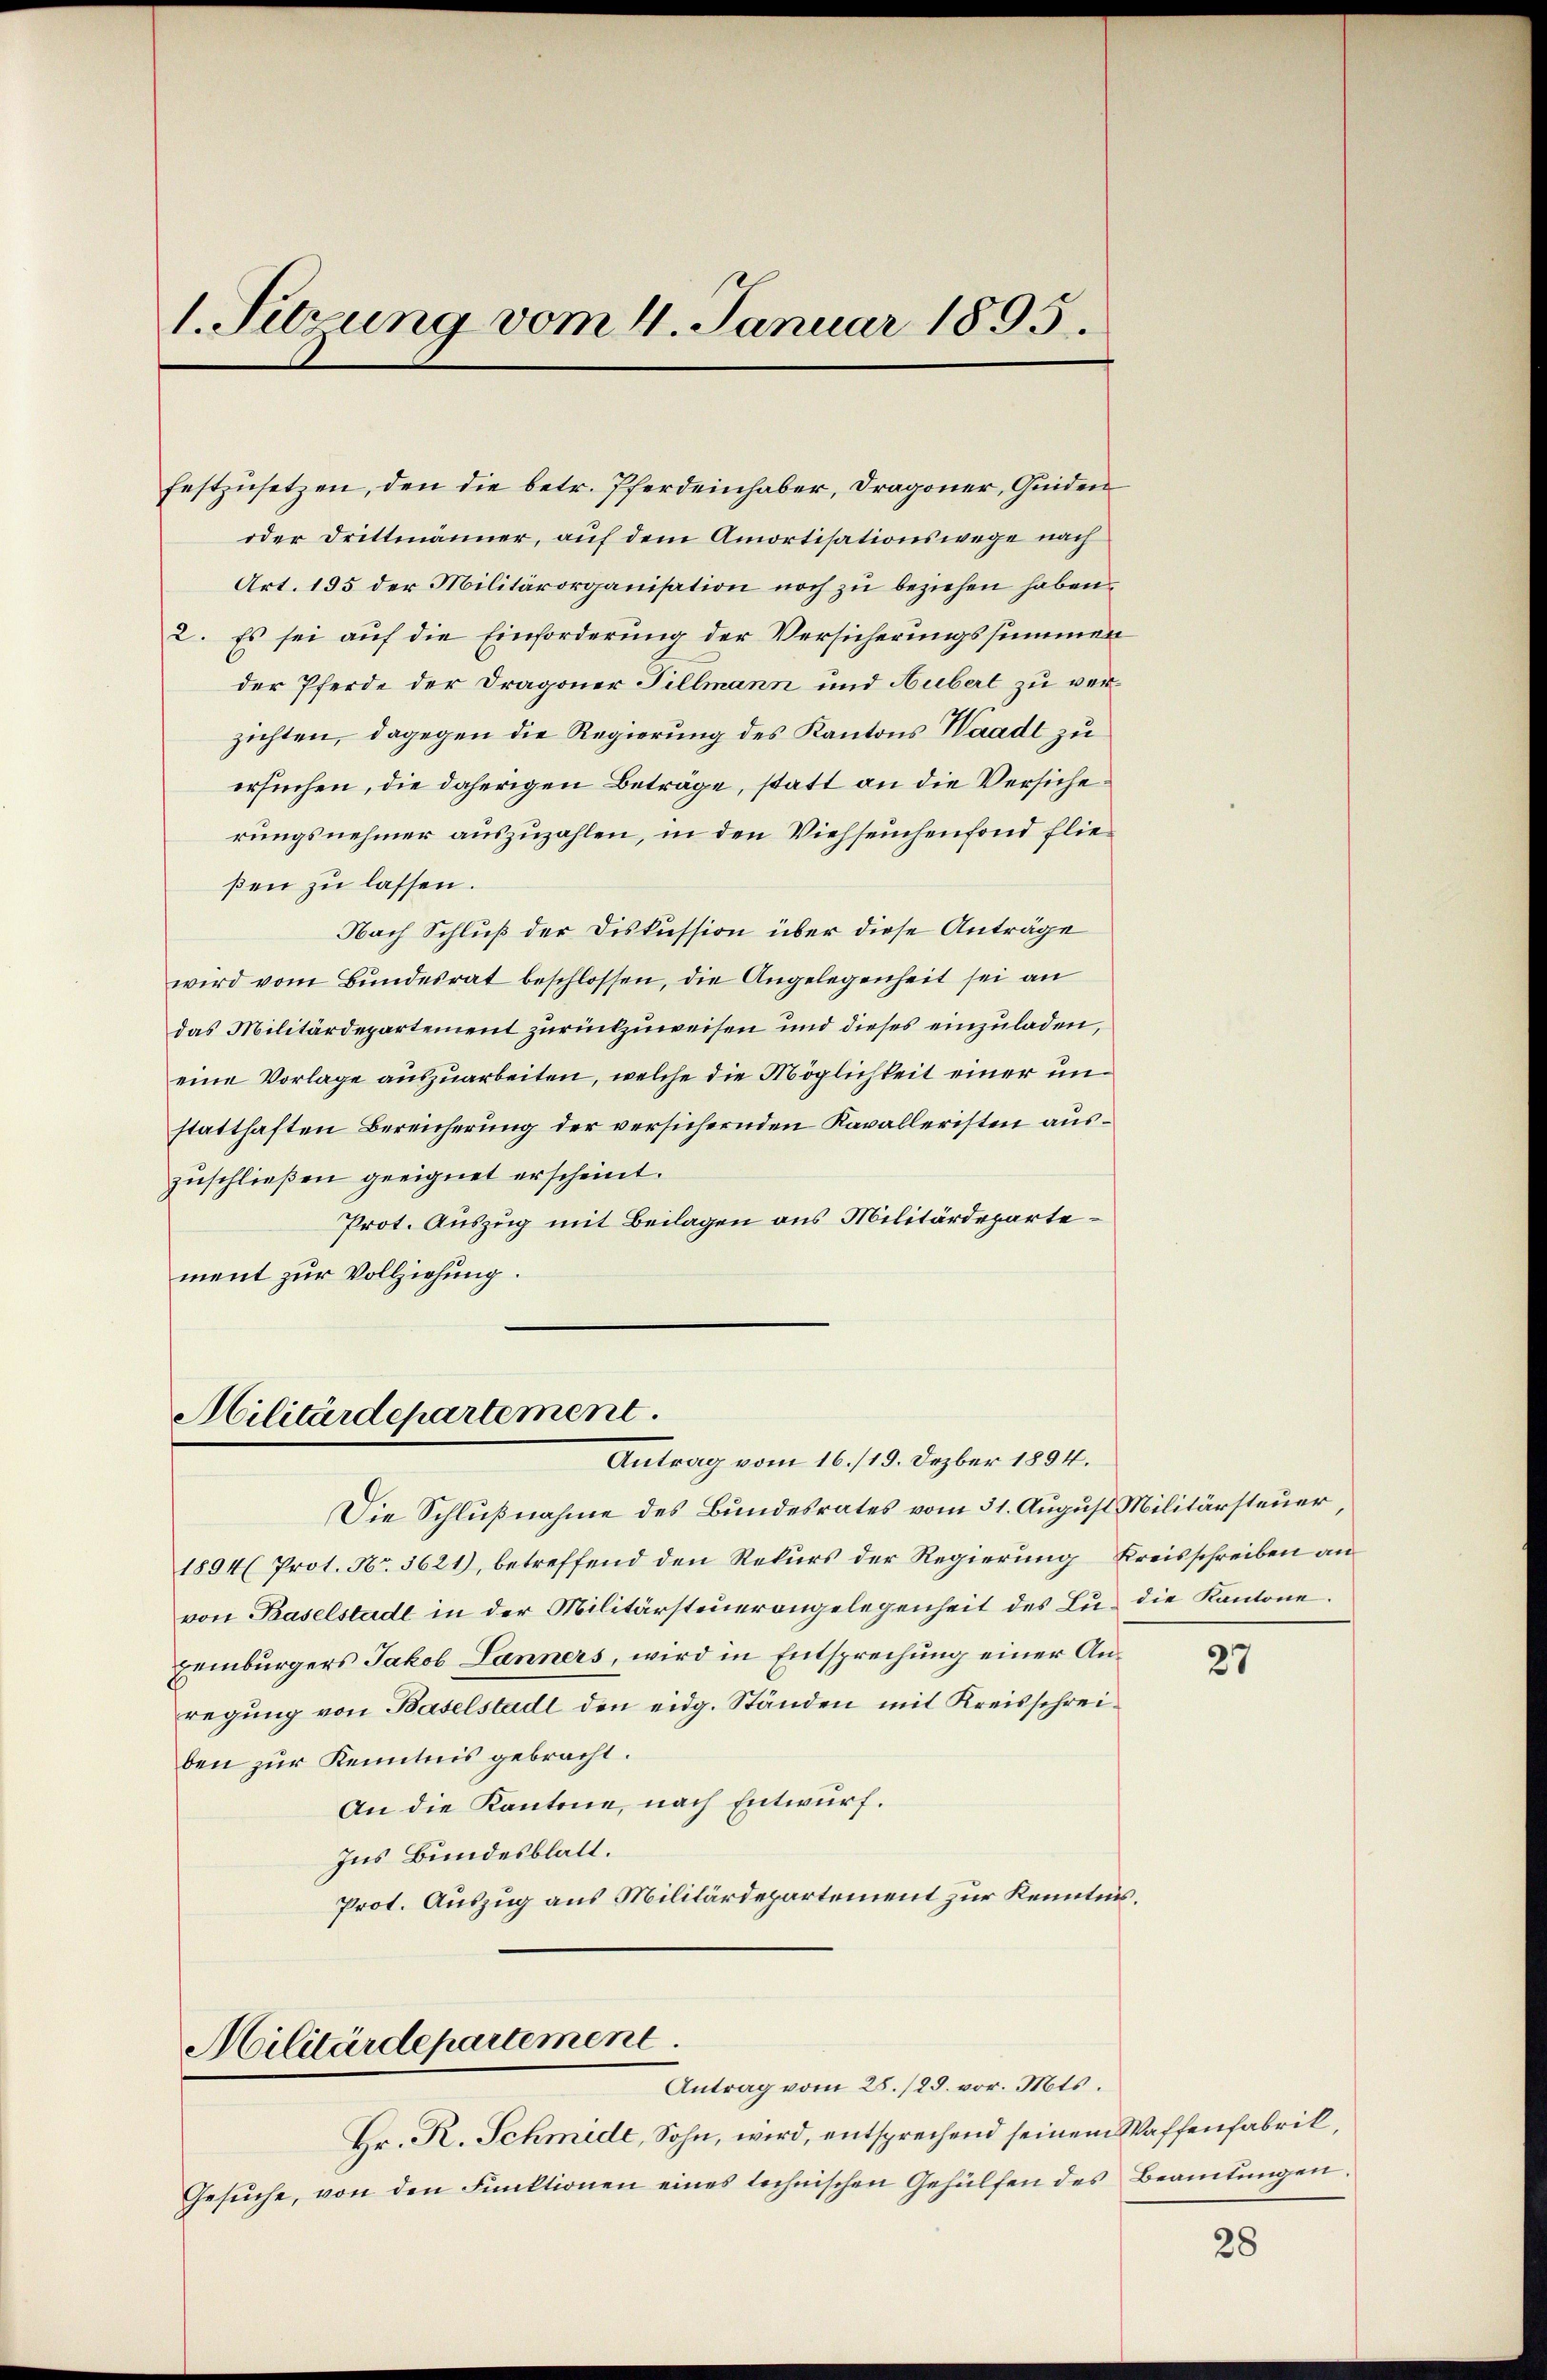
1. Setzung vom 4. Januar 1895.

festzusetzen, den die betr. Pferdeinhaber, Dragoner, Quiden
oder Drittmänner, auf dem Amortisationswege nach
Art. 155 der Militärorganisation noch zu beziehen haben.
2. Es sei auf die Einforderung der Versicherungssummen
der Pferde der Dragoner Tillmann und Hubert zu verzichten, dagegen die Regierung des Kantons Waadt zu
ersuchen, die daherigen Beträge, statt an die Versicherungsnehmer auszuzahlen, in den Viehseuchenfond fließen zu lassen.
Nach Schluß der Diskussion über diese Anträge
wird vom Bundesrat beschlossen, die Angelegenheit sei an
das Militärdepartement zurückzuweisen und dieses einzuladen,
eine Vorlage auszuarbeiten, welche die Möglichkeit einer unstatthaften Bereicherung der versichernden Kavalleristen auszuschließen geeignet erscheint.
Prot. Auszug mit Beilagen aus Militärdepartement zur Vollziehung.

Militärdepartement.

Die Schlußnahme des Bundesrates vom 31. August Militärsteuer
1894 (Prot. Nr. 3621), betreffend den Rekurs der Regierung Kreisschreiben an
von Baselstadt in der Militärsteuerangelegenheit des Lu- die Kantone.
Eeinbürgers Jakob Lanners, wird in Entsprechung einer Anregŭng von Baselstadt den eidg. Ständen mit Kreisschrei-
ben zur Kenntnis gebracht.
An die Kantone, nach Entwurf.
Ins Bundesblatt.
Prot. Auszug aus Militärdepartement zur Kenntnis.

Militärdepartement
Antrag vom 28./29. vor. Mts.

Antrag vom 16./19. Dezber 1894.

Hr. R. Schmide, Sohn, wird, entsprechend seinem Waffenfabrik,
Gesŭche, von den Funktionen eines technischen Gehülfen des Beamtŭngen.

27

28